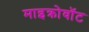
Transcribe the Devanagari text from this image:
माइक्रोवॉट